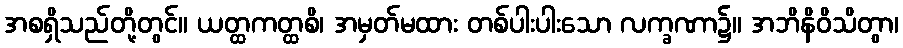
အစရှိသည်တို့တွင်။ ယတ္ထကတ္ထစိ၊ အမှတ်မထား တစ်ပါးပါးသော လက္ခဏာ၌။ အဘိနိဝိသိတွာ၊